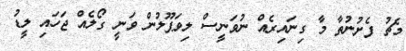
މެޗު ފެށުނުތާ މާ ގިނައިރެއް ނުވަނީސް ލިވަޕޫލުން ވަނީ ގޯލެއް ޖަހައި ލީޑު